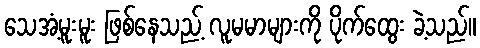
သေအံ့မူးမူး ဖြစ်နေသည့် လူမမာများကို ပိုက်ထွေး ခဲ့သည်။